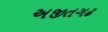
અજીતગઢ